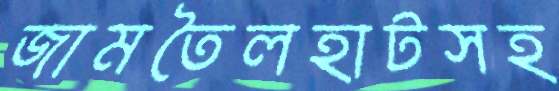
জামতৈলহাটসহ